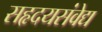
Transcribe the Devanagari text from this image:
सहृदयसंवेद्य